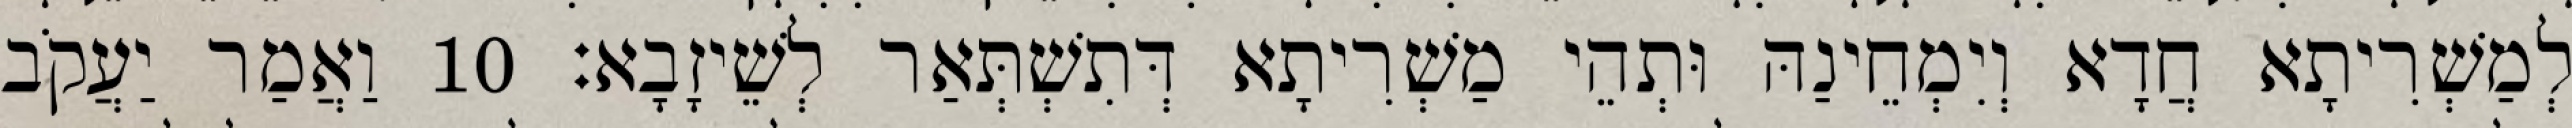
לְמַשְׁרִיתָא חֲדָא וְיִמְחֵינַהּ וּתְהֵי מַשְׁרִיתָא דְּתִשְׁתְּאַר לְשֵׁיזָבָא׃ 10 וַאֲמַר יַעֲקֹב